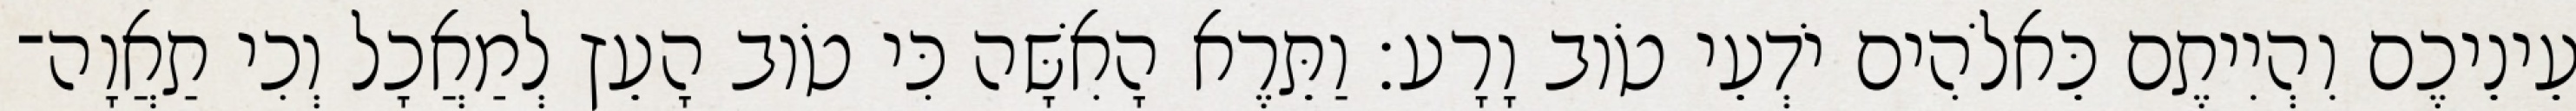
עֵינֵיכֶם וִהְיִיתֶם כֵּאלֹהִים יֹדְעֵי טֹוב וָרָע׃ וַתֵּרֶא הָאִשָּׁה כִּי טֹוב הָעֵץ לְמַאֲכָל וְכִי תַאֲוָה־